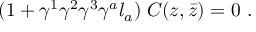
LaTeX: ( 1 + \gamma ^ { 1 } \gamma ^ { 2 } \gamma ^ { 3 } \gamma ^ { a } l _ { a } ) \; C ( z , \bar { z } ) = 0 \ .